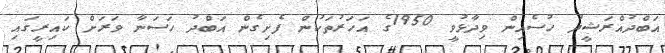
އަބްދުއްރަޝީދު ހުސެއިން ވިދާޅުވީ 1950ގެ އަހަރުތަކުން ފެށިގެން އަބްދު ހަސަނާ ވަރަށް ކައިރީގައި